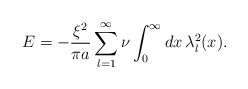
\begin{align*}E=- \frac{\xi ^2}{\pi a}\sum_{l=1}^{\infty}\nu \int_{0}^{\infty} dx\,\lambda_l^2(x).\end{align*}